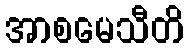
အာစမေသီတိ